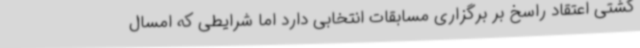
کشتی اعتقاد راسخ بر برگزاری مسابقات انتخابی دارد اما شرایطی که امسال